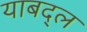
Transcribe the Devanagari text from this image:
याबद्ल